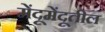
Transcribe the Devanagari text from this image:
मेंदूमेंदूतील